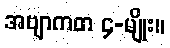
အဗျာကတ ၄-မျိုး။